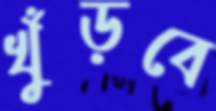
খুঁড়বে